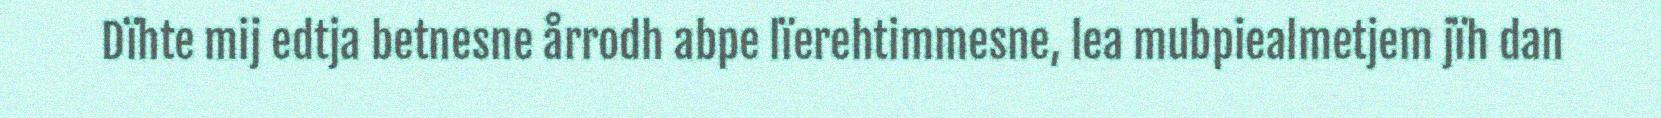
Dïhte mij edtja betnesne årrodh abpe lïerehtimmesne, lea mubpiealmetjem jïh dan